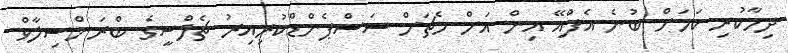
ދިމާކުރި ކަމަށް ބުނެ އެފްއޭ އިން އަށް މެޗަށް ސަސްޕެންޑްކުރިއިރު ޗެލްސީގެ ބްރަންސިލާވް